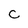
Character: C